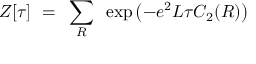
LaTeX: Z [ \tau ] ~ = ~ \sum _ { R } ~ \exp \left( - e ^ { 2 } L \tau C _ { 2 } ( R ) \right)